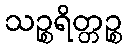
သဉ္စရိတ္တဉ္စ